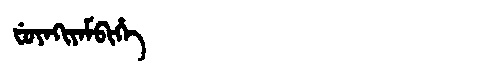
Manchu: ᠸᡠᠶᠠᡴᡳᠶᠠᠮᠪᡳᡥᡝ
Romanization: FUYAKIYAMBIHE